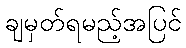
ချမှတ်ရမည့်အပြင်